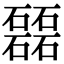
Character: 𥗉